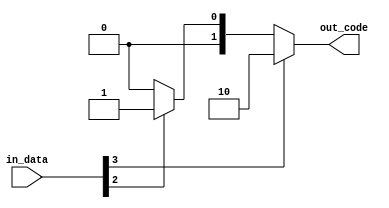
// Priority Encoder Module
module priority_encoder (
  input [3:0] in_data,  // 4-bit input lines
  output [1:0] out_code  // 2-bit output representing the priority
);

  assign out_code = (in_data[3]) ? 2 :
                   (in_data[2]) ? 1 :
                   (in_data[1]) ? 0 :
                   (in_data[0]) ? 0 : 2'b00;

endmodule